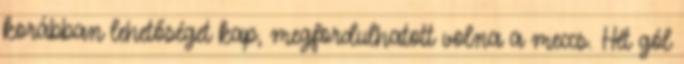
korábban lehetőséget kap, megfordulhatott volna a meccs. Hét gól